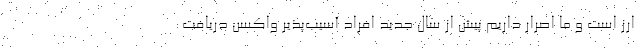
ارز است و ما اصرار داریم پیش از سال جدید افراد آسیب‌پذیر واکسن دریافت